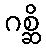
ဂစ္ဆိ